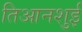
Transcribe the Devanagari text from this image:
तिआनशुई